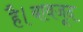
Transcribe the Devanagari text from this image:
है।बावजूद